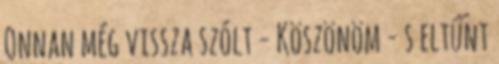
Onnan még vissza szólt - Köszönöm - s eltűnt